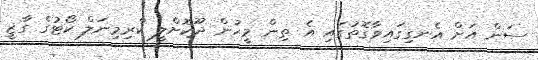
ސަން އަށް އެނގިގައިވާގޮތުގައި އެ ތިން މީހުން ދޫކޮށްލީ ކްރިމިނަލް ކޯޓުގެ ގާޒީ